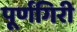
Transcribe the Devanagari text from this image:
पूर्णगिरी